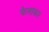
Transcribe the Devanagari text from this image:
फैलाकार